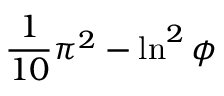
{ \frac { 1 } { 1 0 } } \pi ^ { 2 } - \ln ^ { 2 } \phi